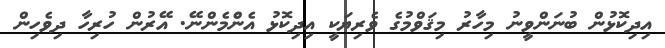
އިދިކޮޅުން ބުނަންވީނު މިހާރު މިޤަވްމުގެ ވެރިޔަކީ އިދިކޮޅު އެނެްމެންނޭ. އޭރުން ހުރިހާ ދިވެހިން